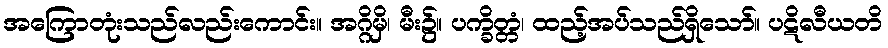
အကြောတုံးသည်လည်းကောင်း။ အဂ္ဂိမှိ၊ မီး၌။ ပက္ခိတ္တံ၊ ထည့်အပ်သည်ရှိသော်။ ပဋိလီယတိ